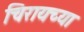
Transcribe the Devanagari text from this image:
चिरायच्या